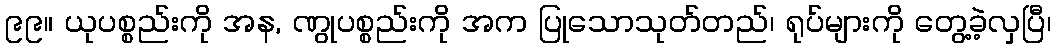
၉၉။ ယုပစ္စည်းကို အန, ဏွုပစ္စည်းကို အက ပြုသောသုတ်တည်၊ ရုပ်များကို တွေ့ခဲ့လှပြီ၊